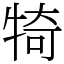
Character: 犄